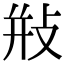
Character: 𢼩